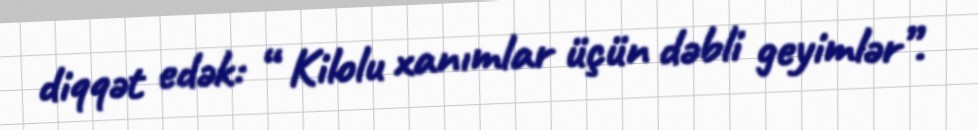
diqqət edək: “ Kilolu xanımlar üçün dəbli geyimlər”.